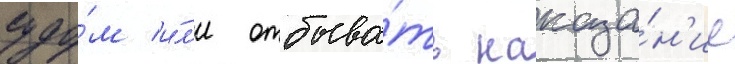
судо́м и́л'и отбыва́ть наказа́н'ие